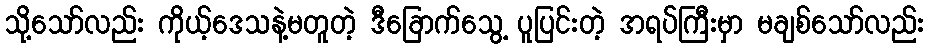
သို့သော်လည်း ကိုယ့်ဒေသနဲ့မတူတဲ့ ဒီခြောက်သွေ့ ပူပြင်းတဲ့ အရပ်ကြီးမှာ မချစ်သော်လည်း